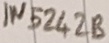
Text: IN5242B